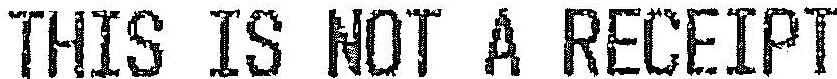
THIS IS NOT A RECEIPT